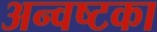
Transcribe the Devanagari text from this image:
अन्वष्टका